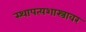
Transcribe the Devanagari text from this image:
स्थापत्यशास्त्रावर